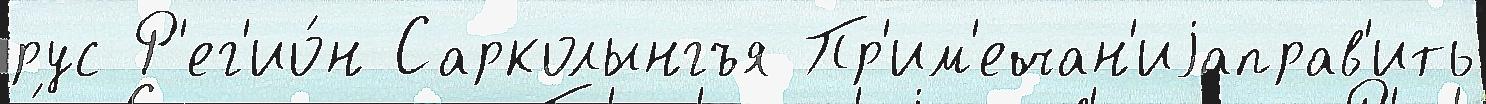
рус Р'ег'ио́н Сарколынгъя Пр'им'ечан'иjаправ'ить